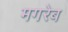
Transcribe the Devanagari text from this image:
मगरेब